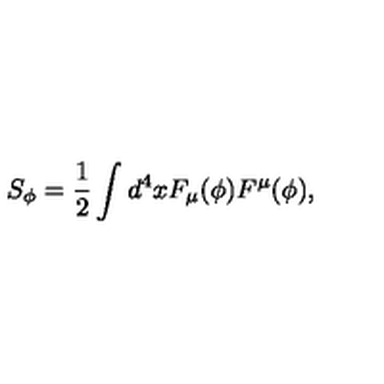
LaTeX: S _ { \phi } = \frac { 1 } { 2 } \int d ^ { 4 } x F _ { \mu } ( \phi ) F ^ { \mu } ( \phi ) ,